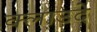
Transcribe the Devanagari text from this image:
क्लाउदे